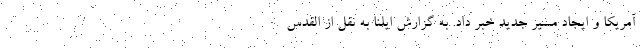
آمریکا و ایجاد مسیر جدید خبر داد. به گزارش ایلنا به نقل از القدس